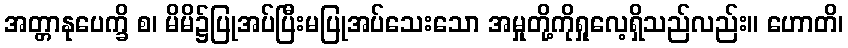
အတ္တာနုပေက္ခိ စ၊ မိမိ၌ပြုအပ်ပြီးမပြုအပ်သေးသော အမှုတို့ကိုရှုလေ့ရှိသည်လည်း။ ဟောတိ၊